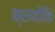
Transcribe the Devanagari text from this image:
क्सयोंकि